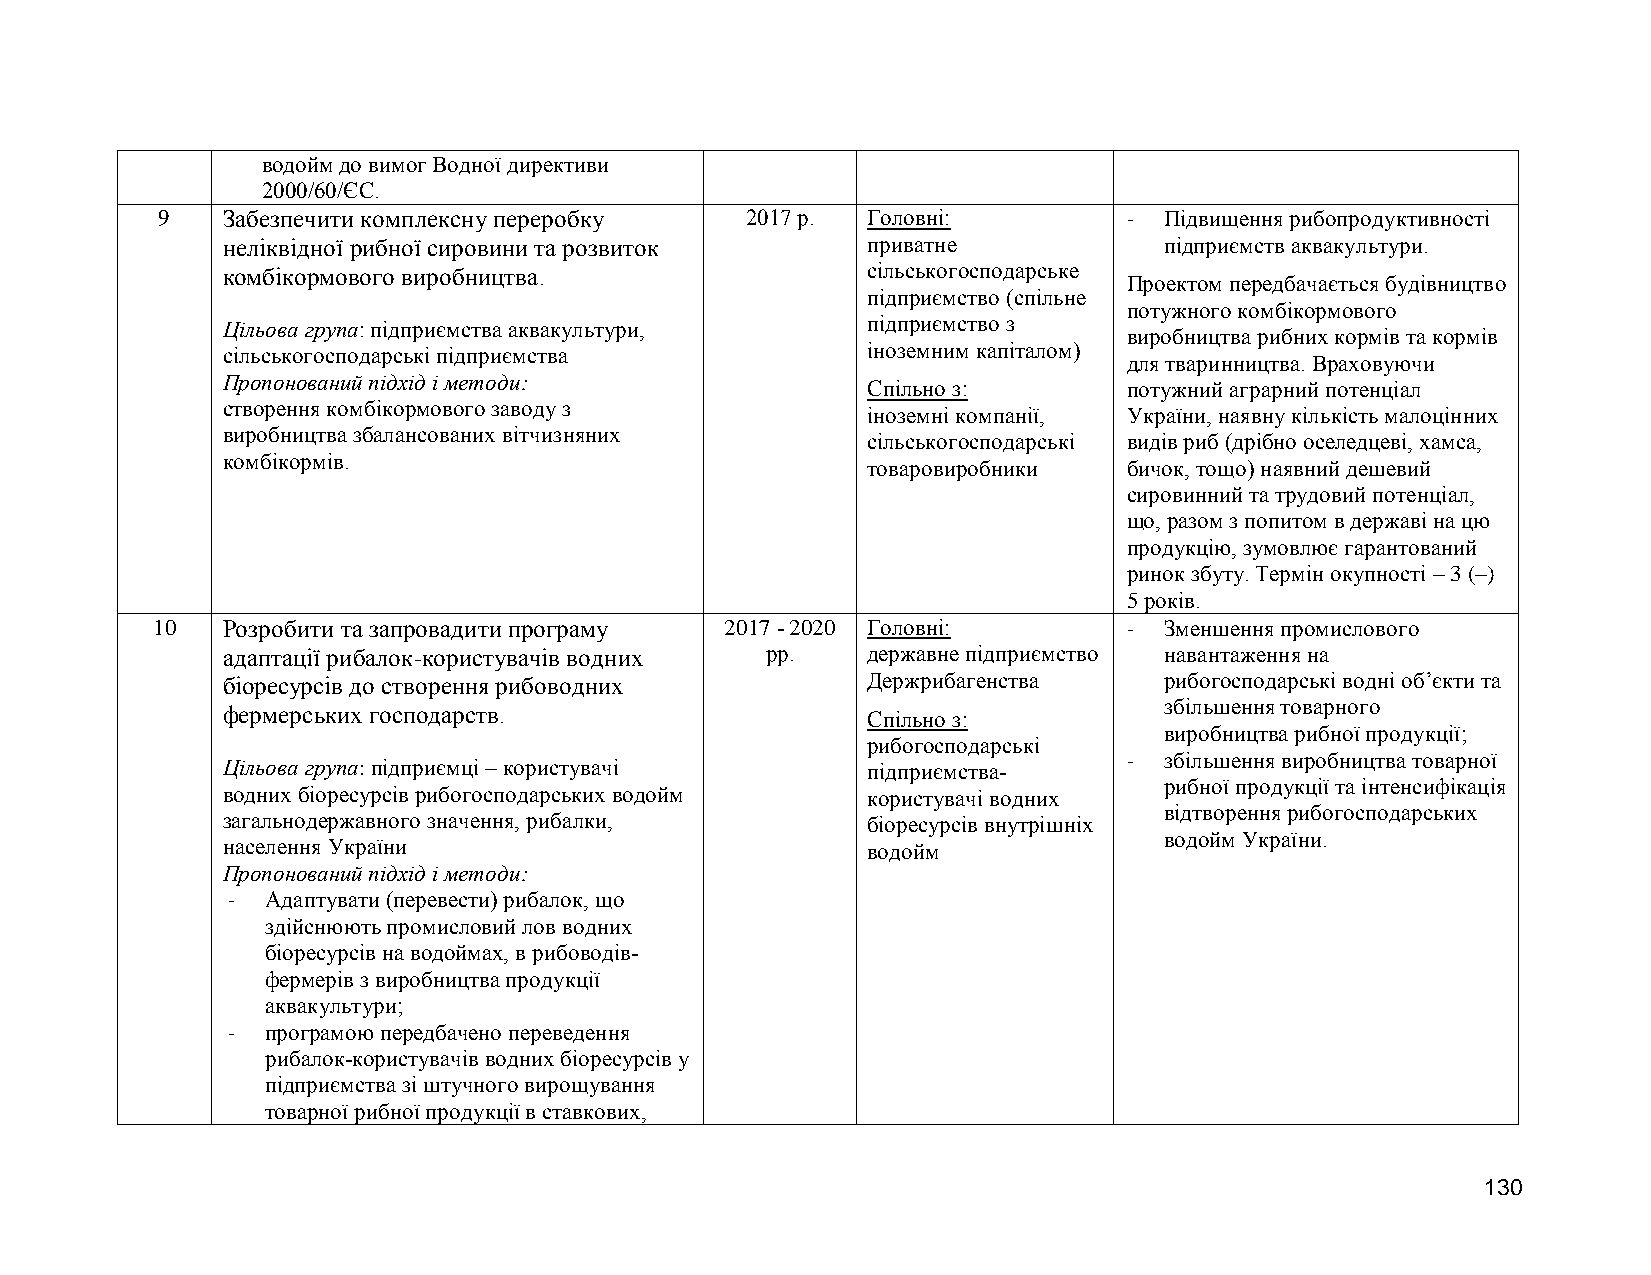
водойм до вимог Водної директиви
 2000/60/ЄС.
 9    Забезпечити комплексну переробку  2017 р. Головні:          - Підвищення рибопродуктивності
 неліквідної рибної сировини та розвиток   приватне            підприємств аквакультури.
 комбікормового виробництва.               сільськогосподарське
 Проектом передбачається будівництво
 підприємство (спільне
 потужного комбікормового
 Цільова група: підприємства аквакультури, підприємство з
 виробництва рибних кормів та кормів
 сільськогосподарські підприємства         іноземним капіталом)
 для тваринництва. Враховуючи
 Пропонований підхід і методи:
 Спільно з:        потужний аграрний потенціал
 створення комбікормового заводу з
 іноземні компанії, України, наявну кількість малоцінних
 виробництва збалансованих вітчизняних
 сільськогосподарські видів риб (дрібно оселедцеві, хамса,
 комбікормів.
 товаровиробники   бичок, тощо) наявний дешевий
 сировинний та трудовий потенціал,
 що, разом з попитом в державі на цю
 продукцію, зумовлює гарантований
 ринок збуту. Термін окупності – 3 (–)
 5 років.
 10   Розробити та запровадити програму 2017 - 2020 Головні:      - Зменшення промислового
 адаптації рибалок-користувачів водних рр. державне підприємство навантаження на
 біоресурсів до створення рибоводних       Держрибагенства     рибогосподарські водні об’єкти та
 збільшення товарного
 фермерських господарств.                  Спільно з:
 виробництва рибної продукції;
 рибогосподарські
 - збільшення виробництва товарної
 Цільова група: підприємці – користувачі   підприємства-
 рибної продукції та інтенсифікація
 водних біоресурсів рибогосподарських водойм користувачі водних
 відтворення рибогосподарських
 загальнодержавного значення, рибалки,     біоресурсів внутрішніх
 водойм України.
 населення України                         водойм
 Пропонований підхід і методи:
 -  Адаптувати (перевести) рибалок, що
 здійснюють промисловий лов водних
 біоресурсів на водоймах, в рибоводів-
 фермерів з виробництва продукції
 аквакультури;
 -  програмою передбачено переведення
 рибалок-користувачів водних біоресурсів у
 підприємства зі штучного вирощування
 товарної рибної продукції в ставкових,
 130